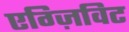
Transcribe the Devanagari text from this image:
एग्ज़िविट